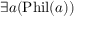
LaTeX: \exists a ( { \mathrm { P h i l } } ( a ) )